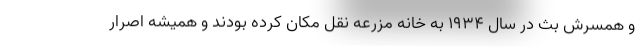
و همسرش بث در سال ۱۹۳۴ به خانه مزرعه نقل مکان کرده بودند و همیشه اصرار